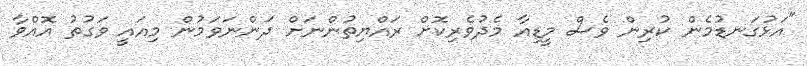
"އަޅުގަނޑުމެން ކުރިން ވެސް މީޑިއާ މެދުވެރިކޮށް ރައްޔިތުންނަށް ދަންނަވަމުން މިއައީ ވަގުތު އޮއްވާ